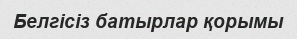
Белгісіз батырлар қорымы